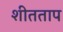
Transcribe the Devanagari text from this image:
शीतताप